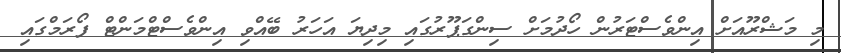
މި މަޝްރޫއަށް އިންވެސްޓަރުން ހޯދުމަށް ސިންގަޕޫރުގައި މިދިޔަ އަހަރު ބޭއްވި އިންވެސްޓްމަންޓް ފޯރަމްގައި